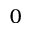
_ 0